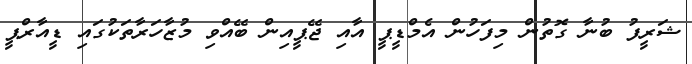
ޝަރީފު ބުނާ ގޮތުން މިފަހުން އެމްޑީޕީ އާއި ޖޭޕީއިން ބޭއްވި މުޒާހަރާތަކުގައި ޑީއާރްޕީ